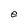
Character: e